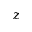
z